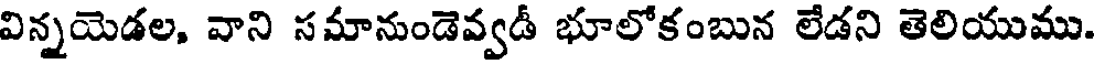
విన్నయెడల, వాని సమానుండెవ్వడీ భూలోకంబున లేడని తెలియుము.